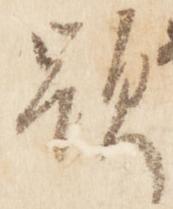
顕